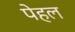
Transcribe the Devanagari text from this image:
पेहल